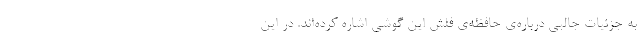
به جزئیات جالبی درباره‌ی حافظه‌ی فلش این گوشی اشاره کرده‌اند. در این